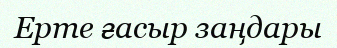
Ерте ғасыр заңдары